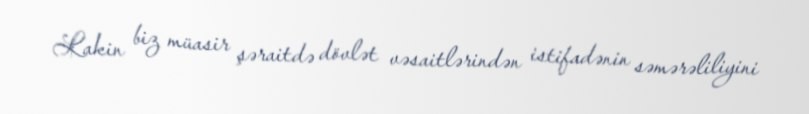
Lakin biz müasir şəraitdə dövlət vəsaitlərindən istifadənin səmərəliliyini